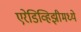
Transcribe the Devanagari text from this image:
एरेडिव्हिझीमध्ये